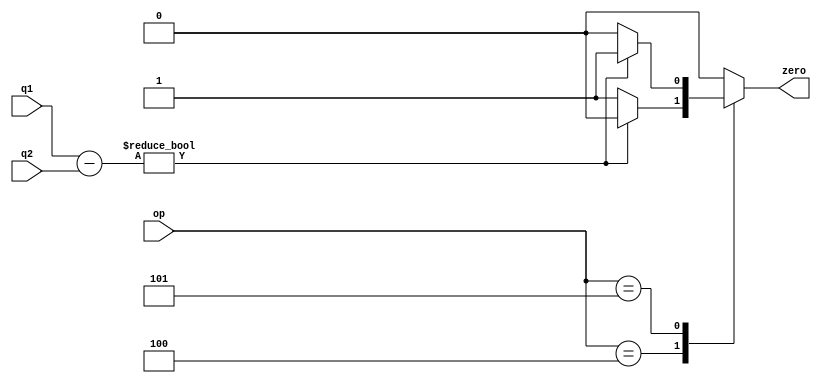
module branch_test (q1, q2, op, 
					zero);
	input [31:0] q1, q2;
	input [5:0] op;
	output reg zero;

	wire [31:0] s = q1 - q2;
	always @(*)
	begin
		case (op)
			6'b000100: zero = s ? 1'b0 : 1'b1;
			6'b000101: zero = s ? 1'b1 : 1'b0;
			default: zero = 1'b0;
		endcase
	end
endmodule